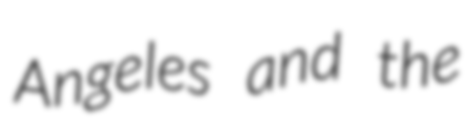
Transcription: Angeles and the